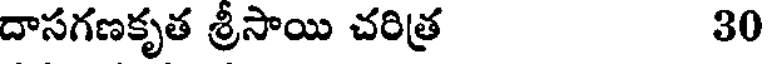
దాసగణకృత శ్రీసాయి చరిత్ర 30